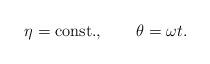
LaTeX: \begin{align*}\eta = {\rm const.}, \qquad \theta = \omega t .\end{align*}